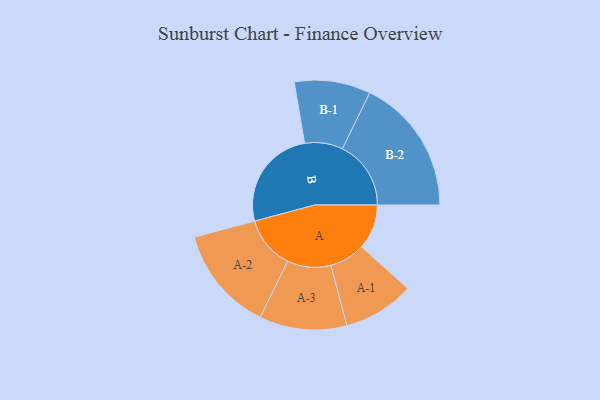
{"axis": {"x": "Segment", "y": "Value"}, "legend": ["", "A", "B"], "data": [{"x": "A", "y": 177, "type": ""}, {"x": "B", "y": 402, "type": ""}, {"x": "A-1", "y": 140, "type": "A"}, {"x": "A-2", "y": 207, "type": "A"}, {"x": "A-3", "y": 172, "type": "A"}, {"x": "B-1", "y": 150, "type": "B"}, {"x": "B-2", "y": 270, "type": "B"}]}